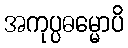
အကုပ္ပဓမ္မောပိ